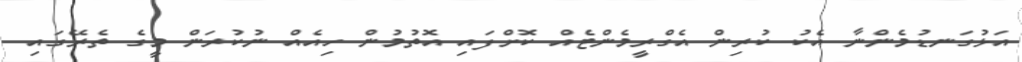
އަޅުގަނޑުމެންނާ އެކު ކުރިން އެގްރީމެންޓެއް ކޮށްފައި އޮތުމުން ހިއެއް ނުކުރަން މީގެ ތެރޭގައި